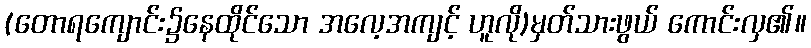
(တောရကျောင်း၌နေထိုင်သော အလေ့အကျင့် ဟူလို)မှတ်သားဖွယ် ကောင်းလှ၏။